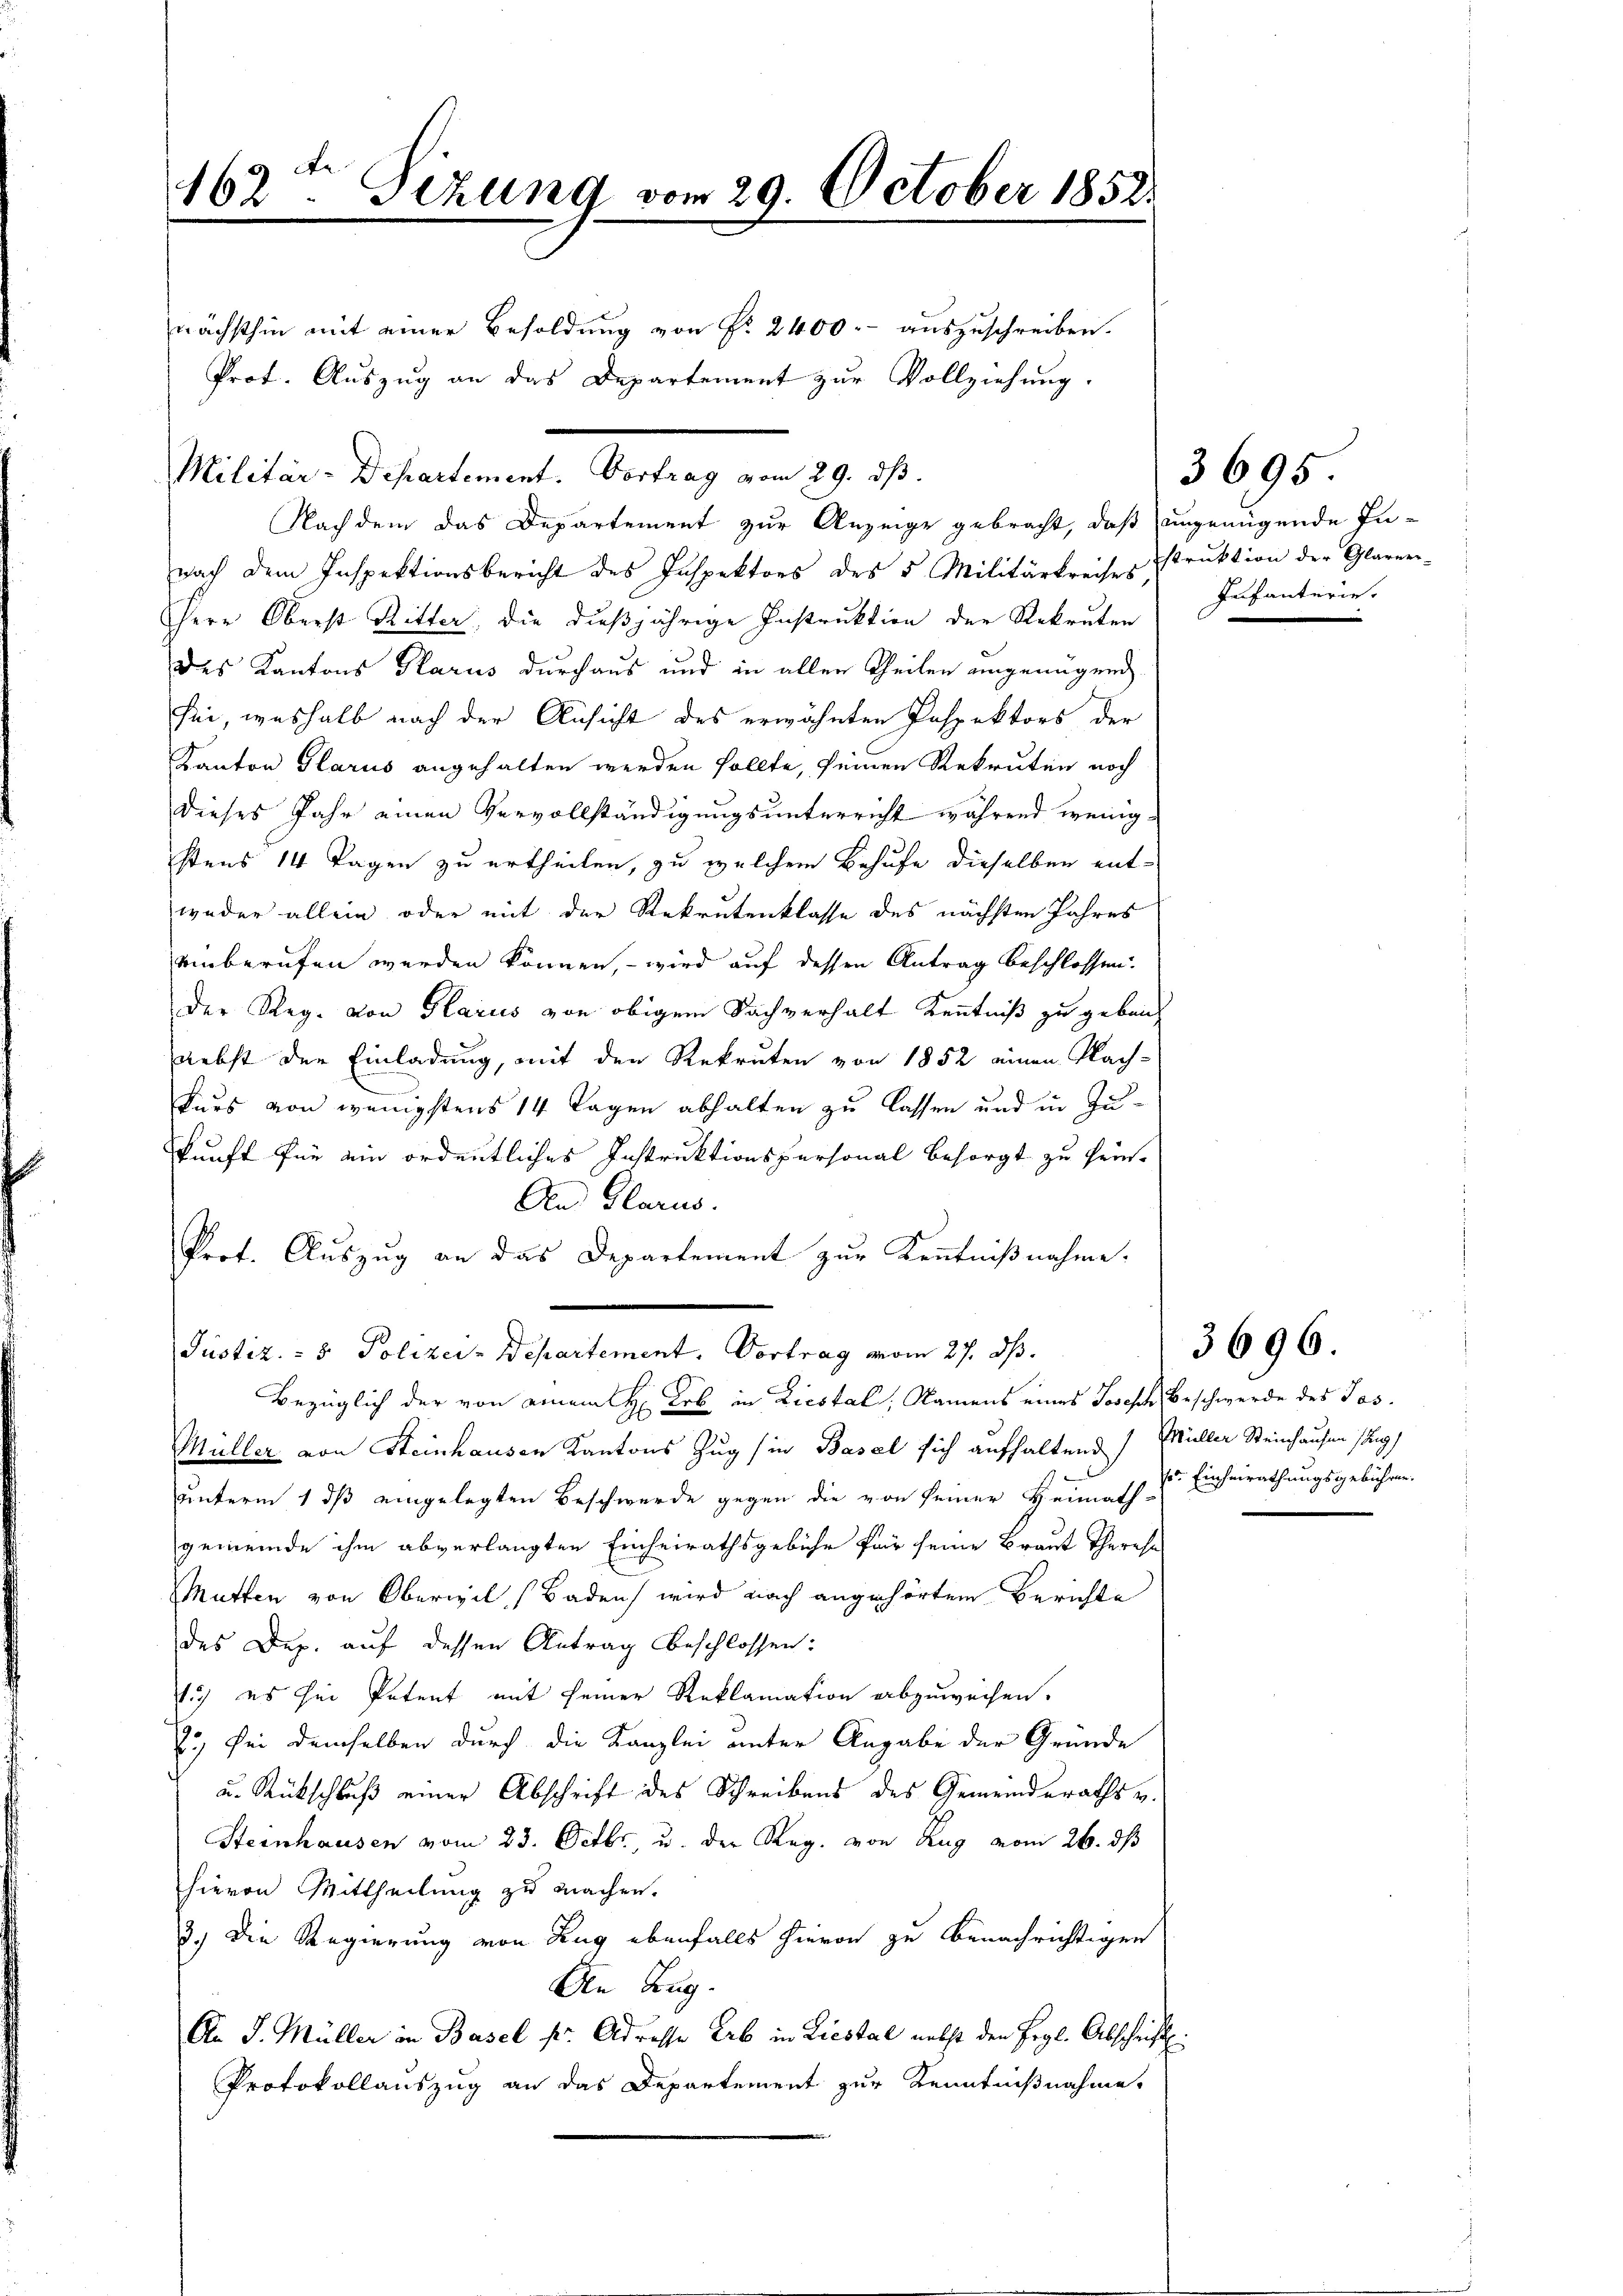
A
162 Sizung vom 29. October 1852.

Prot. Auszug an das Departement zur Vollziehung.

nächsthin mit einer Besoldung von P. 2400.- auszuschreiben.

Militär-Departement. Vortrag vom 29. dβ.
Nachdem das Departement zur Anzeige gebracht, daß ungenügende In¬

nach dem Inspektionsbericht des Inspektors des 5 Militärkreises Estrŭktion der Glaren-
Herr Oberst Ritter, die dießjährige Instruktion der Rekruten
des Kantons Glarus durchaus und in allen Theilen eingenügend
sei, weshalb nach der Ansicht des erwähnten Inspektors der
Kanton Glarus angehalten werden sollte, seinen Rekruten noch
dieses Jahr einen Vervollständigungsunterricht während wenigstens 14 Tagen zu ertheilen, zu welchem Behufe dieselben entweder allein oder mit der Rekrutenklasse des nächsten Jahres
uinberufen werden können, – wird auf dessen Antrag beschlossen.
Der Reg. von Glarus von obigem Sachverhalt Kenntniß zu geben,
nebst der Einladung, mit den Rekruten von 1852 einen Nach-
Kurs von wenigstens 14 Tagen abhalten zu lassen und in Zukunft für ein ordentliches Instruktionspersonal besorgt zu sein.
An Glarus.
Prot. Auszug an das Departement zur Kenntnißnahme.
Bezüglich der von einem H: Lob in Liestal, Namens eines Joseph Beschwerde des Jos.
Müller von Steinhausen Kantons Zug (in Basel sich aufhaltend Müller Steinhausen stung
unterm 1 dß eingelegten Beschwerde gegen die von seiner Heimathes Einheirathungsgebühren.
gemeinde ihm abverlangten Einheirathsgebühr für seine Braut Theres
Mutten von Oberwil (Baden wird nach angehörtem Berichte
des Dep. auf dessen Antrag beschlossen:
1) es sei Petent mit seiner Reklamation abzuweisen.
7.) Bei demselben durch die Kanzlei unter Angabe der Grunde
u. Rückschluß einer Abschrift des Schreibens des Gemeinderaths u.
Steinhausen vom 23. Octbr., u. der Reg. von Zug vom 26. ds
hievon Mittheilung zu machen.
3.) Die Regierung von Zug ebenfalls hievon zu benachrichtigen
An Zug.
An J. Müller in Basel pr Adresse Erb in Liestal nebst den Ergl. Abschrift
Protokollauszug an das Departement zur Kenntnißnahme,

Justiz- & Polizei-Departement, Vortrag vom 27. ds.

Infanterie.

3695

3696.